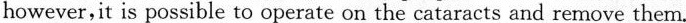
however,it is possible to operate on the cataracts and remove them.